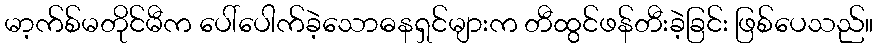
မာ့က်စ်မတိုင်မီက ပေါ်ပေါက်ခဲ့သောဓနရှင်များက တီထွင်ဖန်တီးခဲ့ခြင်း ဖြစ်ပေသည်။